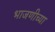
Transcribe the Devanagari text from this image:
भाजणीच्या